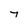
Character: y